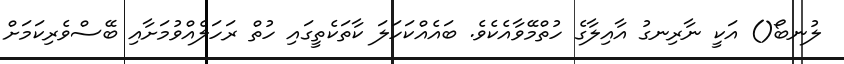
ލުނބޯ() އަކީ ނާރިނގު އާއިލާގެ ހުތްމޭވާއެކެވެ. ބައެއްކަހަލަ ކާތަކެތީގައި ހުތް ރަހަލެއްވުމަށާއި ބޭސްވެރިކަމަށް